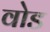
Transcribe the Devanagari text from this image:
वोड